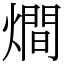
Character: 𤏐